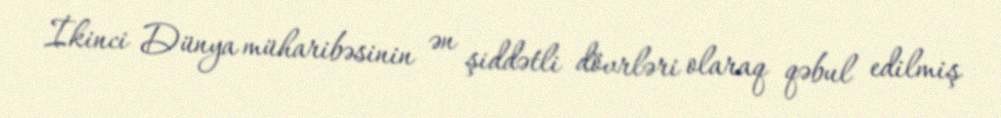
İkinci Dünya müharibəsinin ən şiddətli dövrləri olaraq qəbul edilmiş